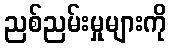
ညစ်ညမ်းမှုများကို